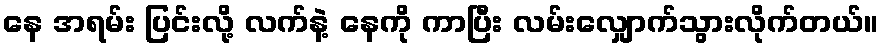
နေ အရမ်း ပြင်းလို့ လက်နဲ့ နေကို ကာပြီး လမ်းလျှောက်သွားလိုက်တယ်။